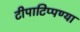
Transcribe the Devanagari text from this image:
टीपाटिप्पण्या